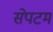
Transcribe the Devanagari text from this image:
सेपटम